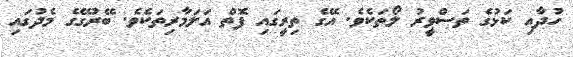
ހުދާއި ކަޅުގެ ތަސްވީރު ލޯތަކެވެ. އޭގެ ތިރީގައި ފޮތް އަލަމާރިތަކެވެ. ބޭރުގޭގެ މެދުގައި